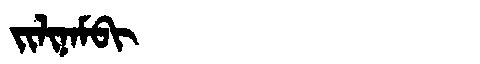
Manchu: ᠵᡳᠯᡳᠨᠠᠮᠪᡳ
Romanization: JILINAMBI